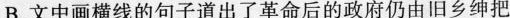
B.文中画横线的句子道出了革命后的政府仍由旧乡绅把